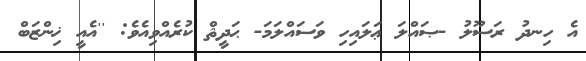
އެ ހިނދު ރަސޫލު -ޞައްލަ ޢަލައިހި ވަސައްލަމަ- ޙަދީޘް ކުރެއްވިއެވެ: ''އެއީ ޚިންޒަބް